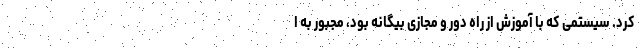
کرد. سیستمی که با آموزش از راه دور و مجازی بیگانه بود، مجبور به ا